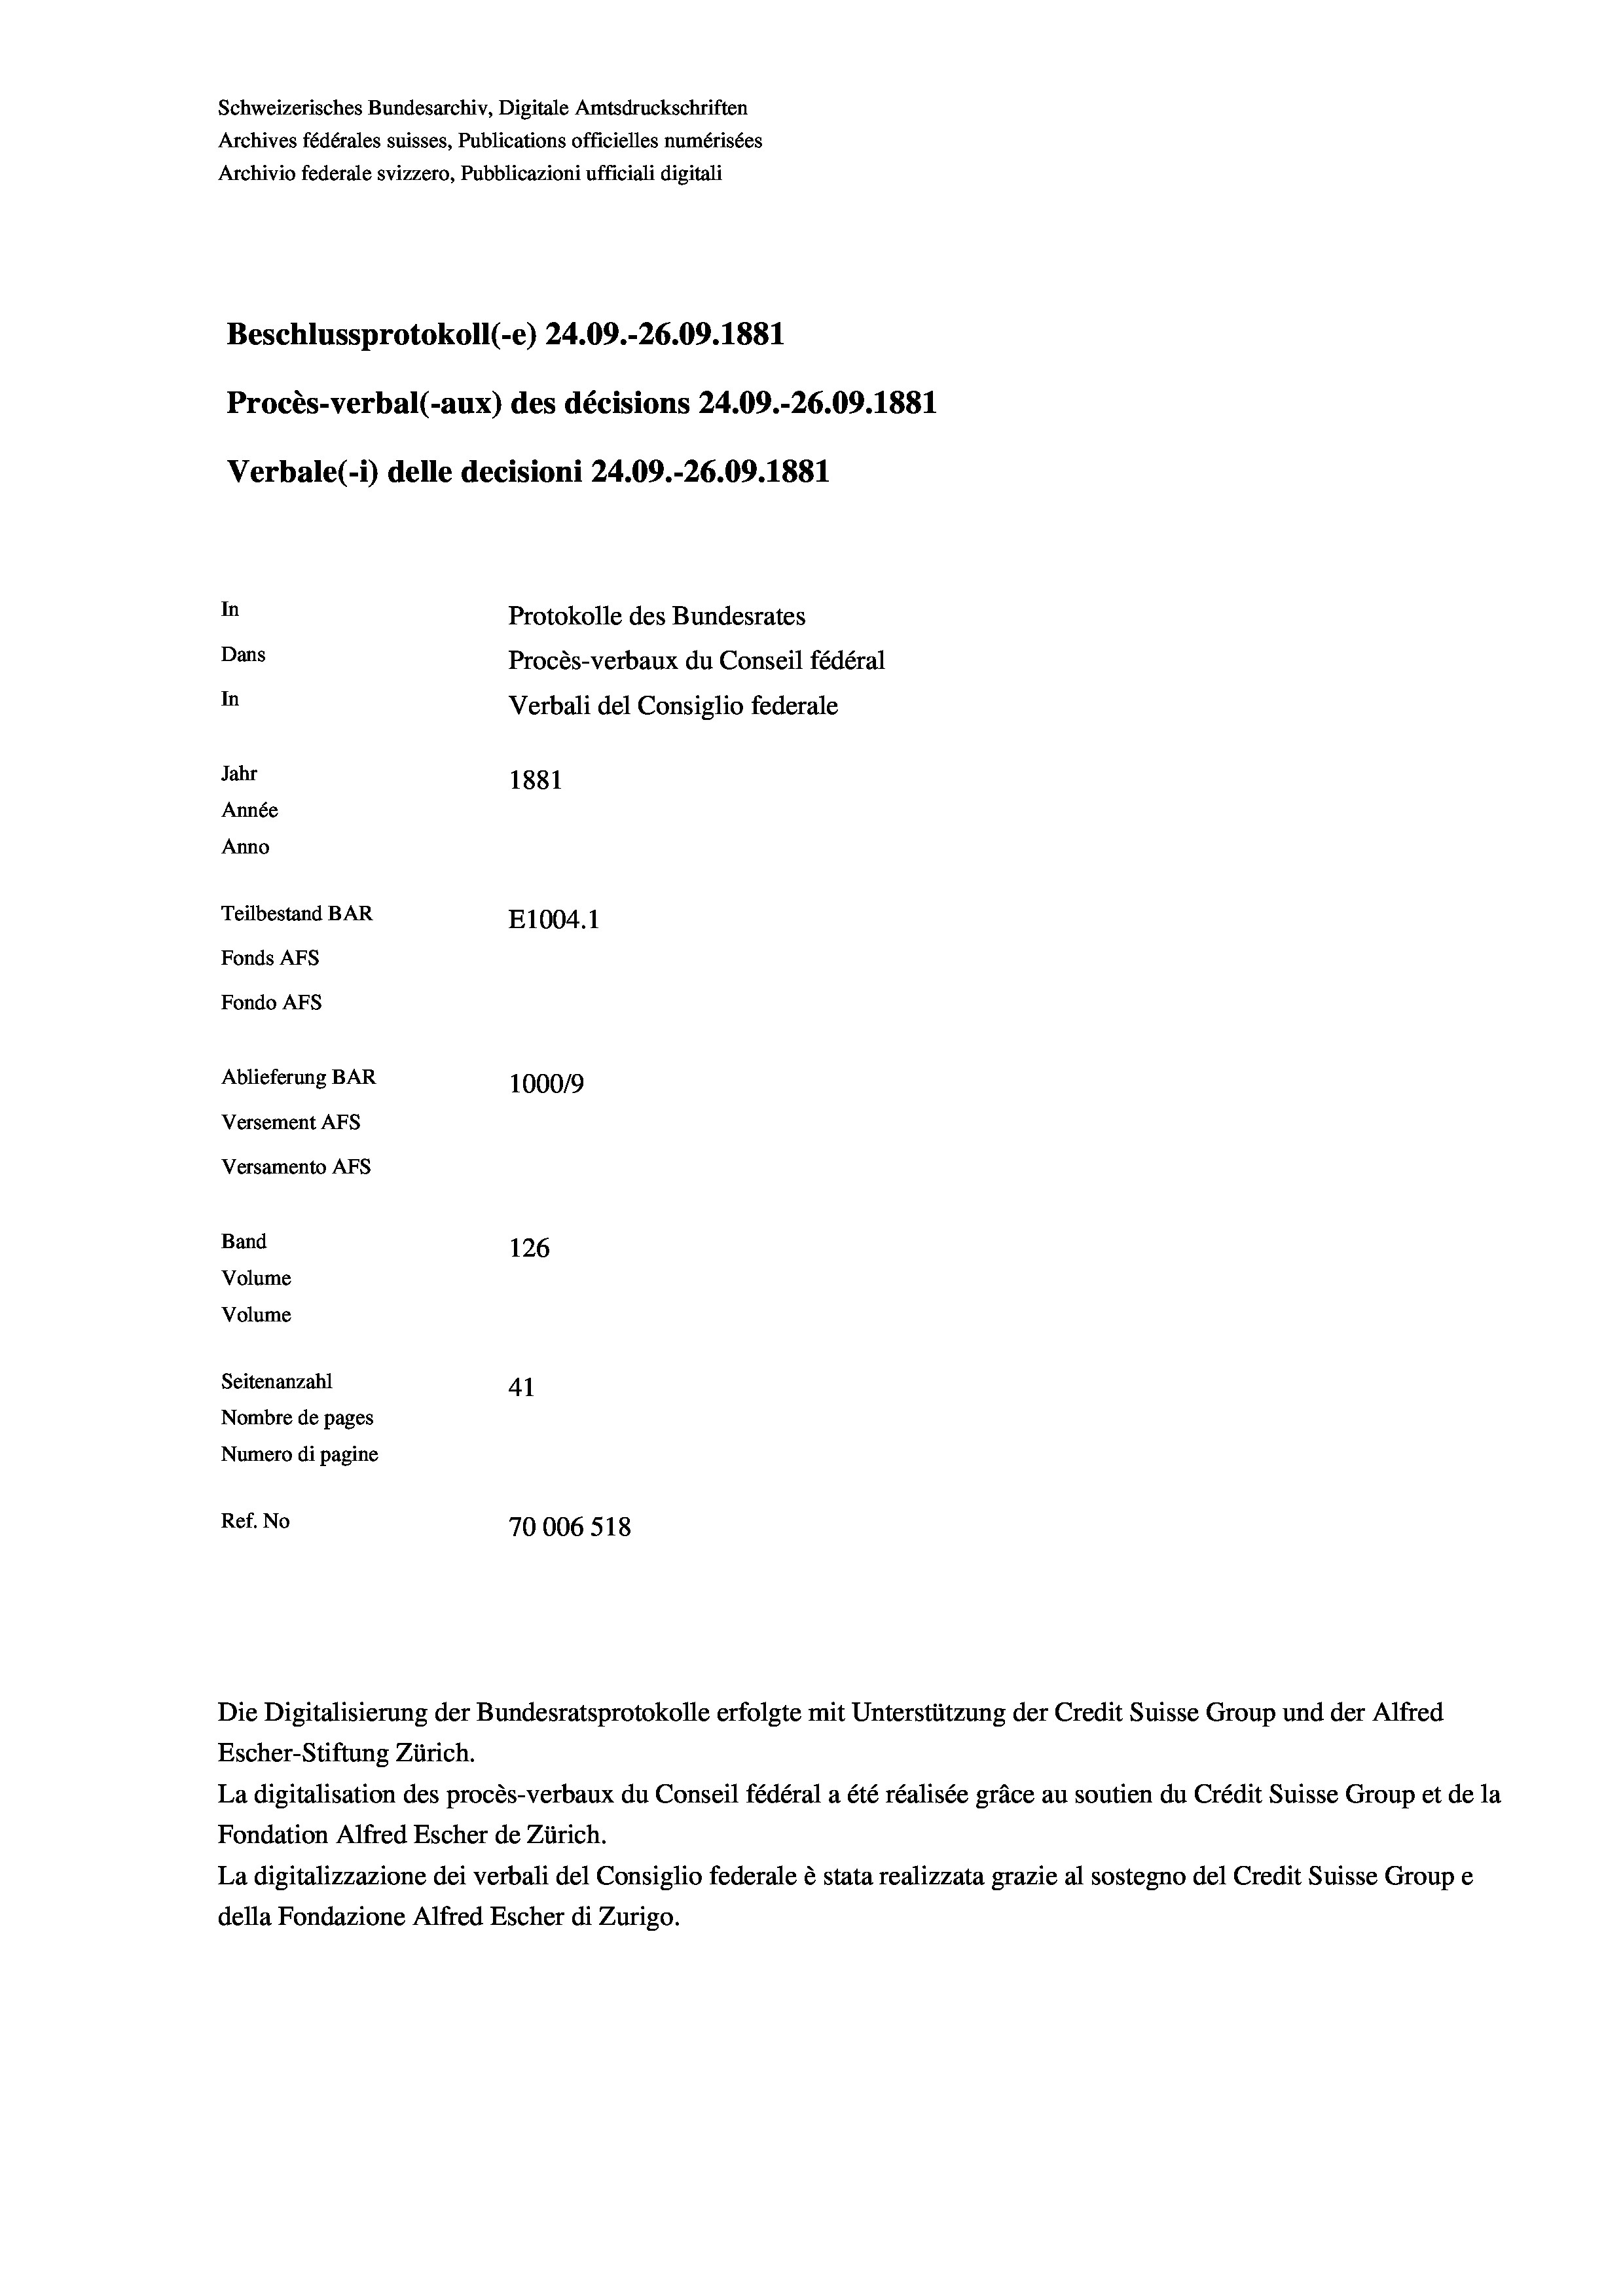
Schweizerisches Bundesarchiv, Digitale Amtsdruckschriften
Archives fédérales suisses, Publications officielles numérisées
Archivio federale svizzero, Pubblicazioni ufficiali digitali
Beschlussprotokoll (-e) 24.09.-26.09.1881
Procès-verbal (-aux) des décisions 24.09.-26.09. 1881
Verbale(-*) delle decisioni 24.09.-26.09. 1881
In
Protokolle des Bundesrates
Dans
Procès-verbaux du Conseil fédéral
In
Verbali del Consiglio federale
Jahr
1881
Année
Anno
Teilbestand BAR
E1004.1
Fonds AFs
Fondo Afs
Ablieferung BAR
100019
Versement AFs
Versamento Afs
Band
126
Volume
Volume
Seitenanzahl
41
Nombre de pages
Numero di pagine
Ref. No
70006518

Die Digitalisierung der Bundesratsprotokolle erfolgte mit Unterstützung der Credit Suisse Group und der Alfred
Escher-Stiftung Zürich.
La digitalisation des procès-verbaux du Conseil fédéral a été réalisée gräce au soutien du Crédit Suisse Group et de la
Fondation Alfred Escher de Zürich.
La digitalizzazione dei verbali del Consiglio federale è stata realizzata grazie al sostegno del Credit Suisse Groupe
della Fondazione Alfred Escher di Zurigo.